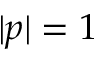
| p | = 1